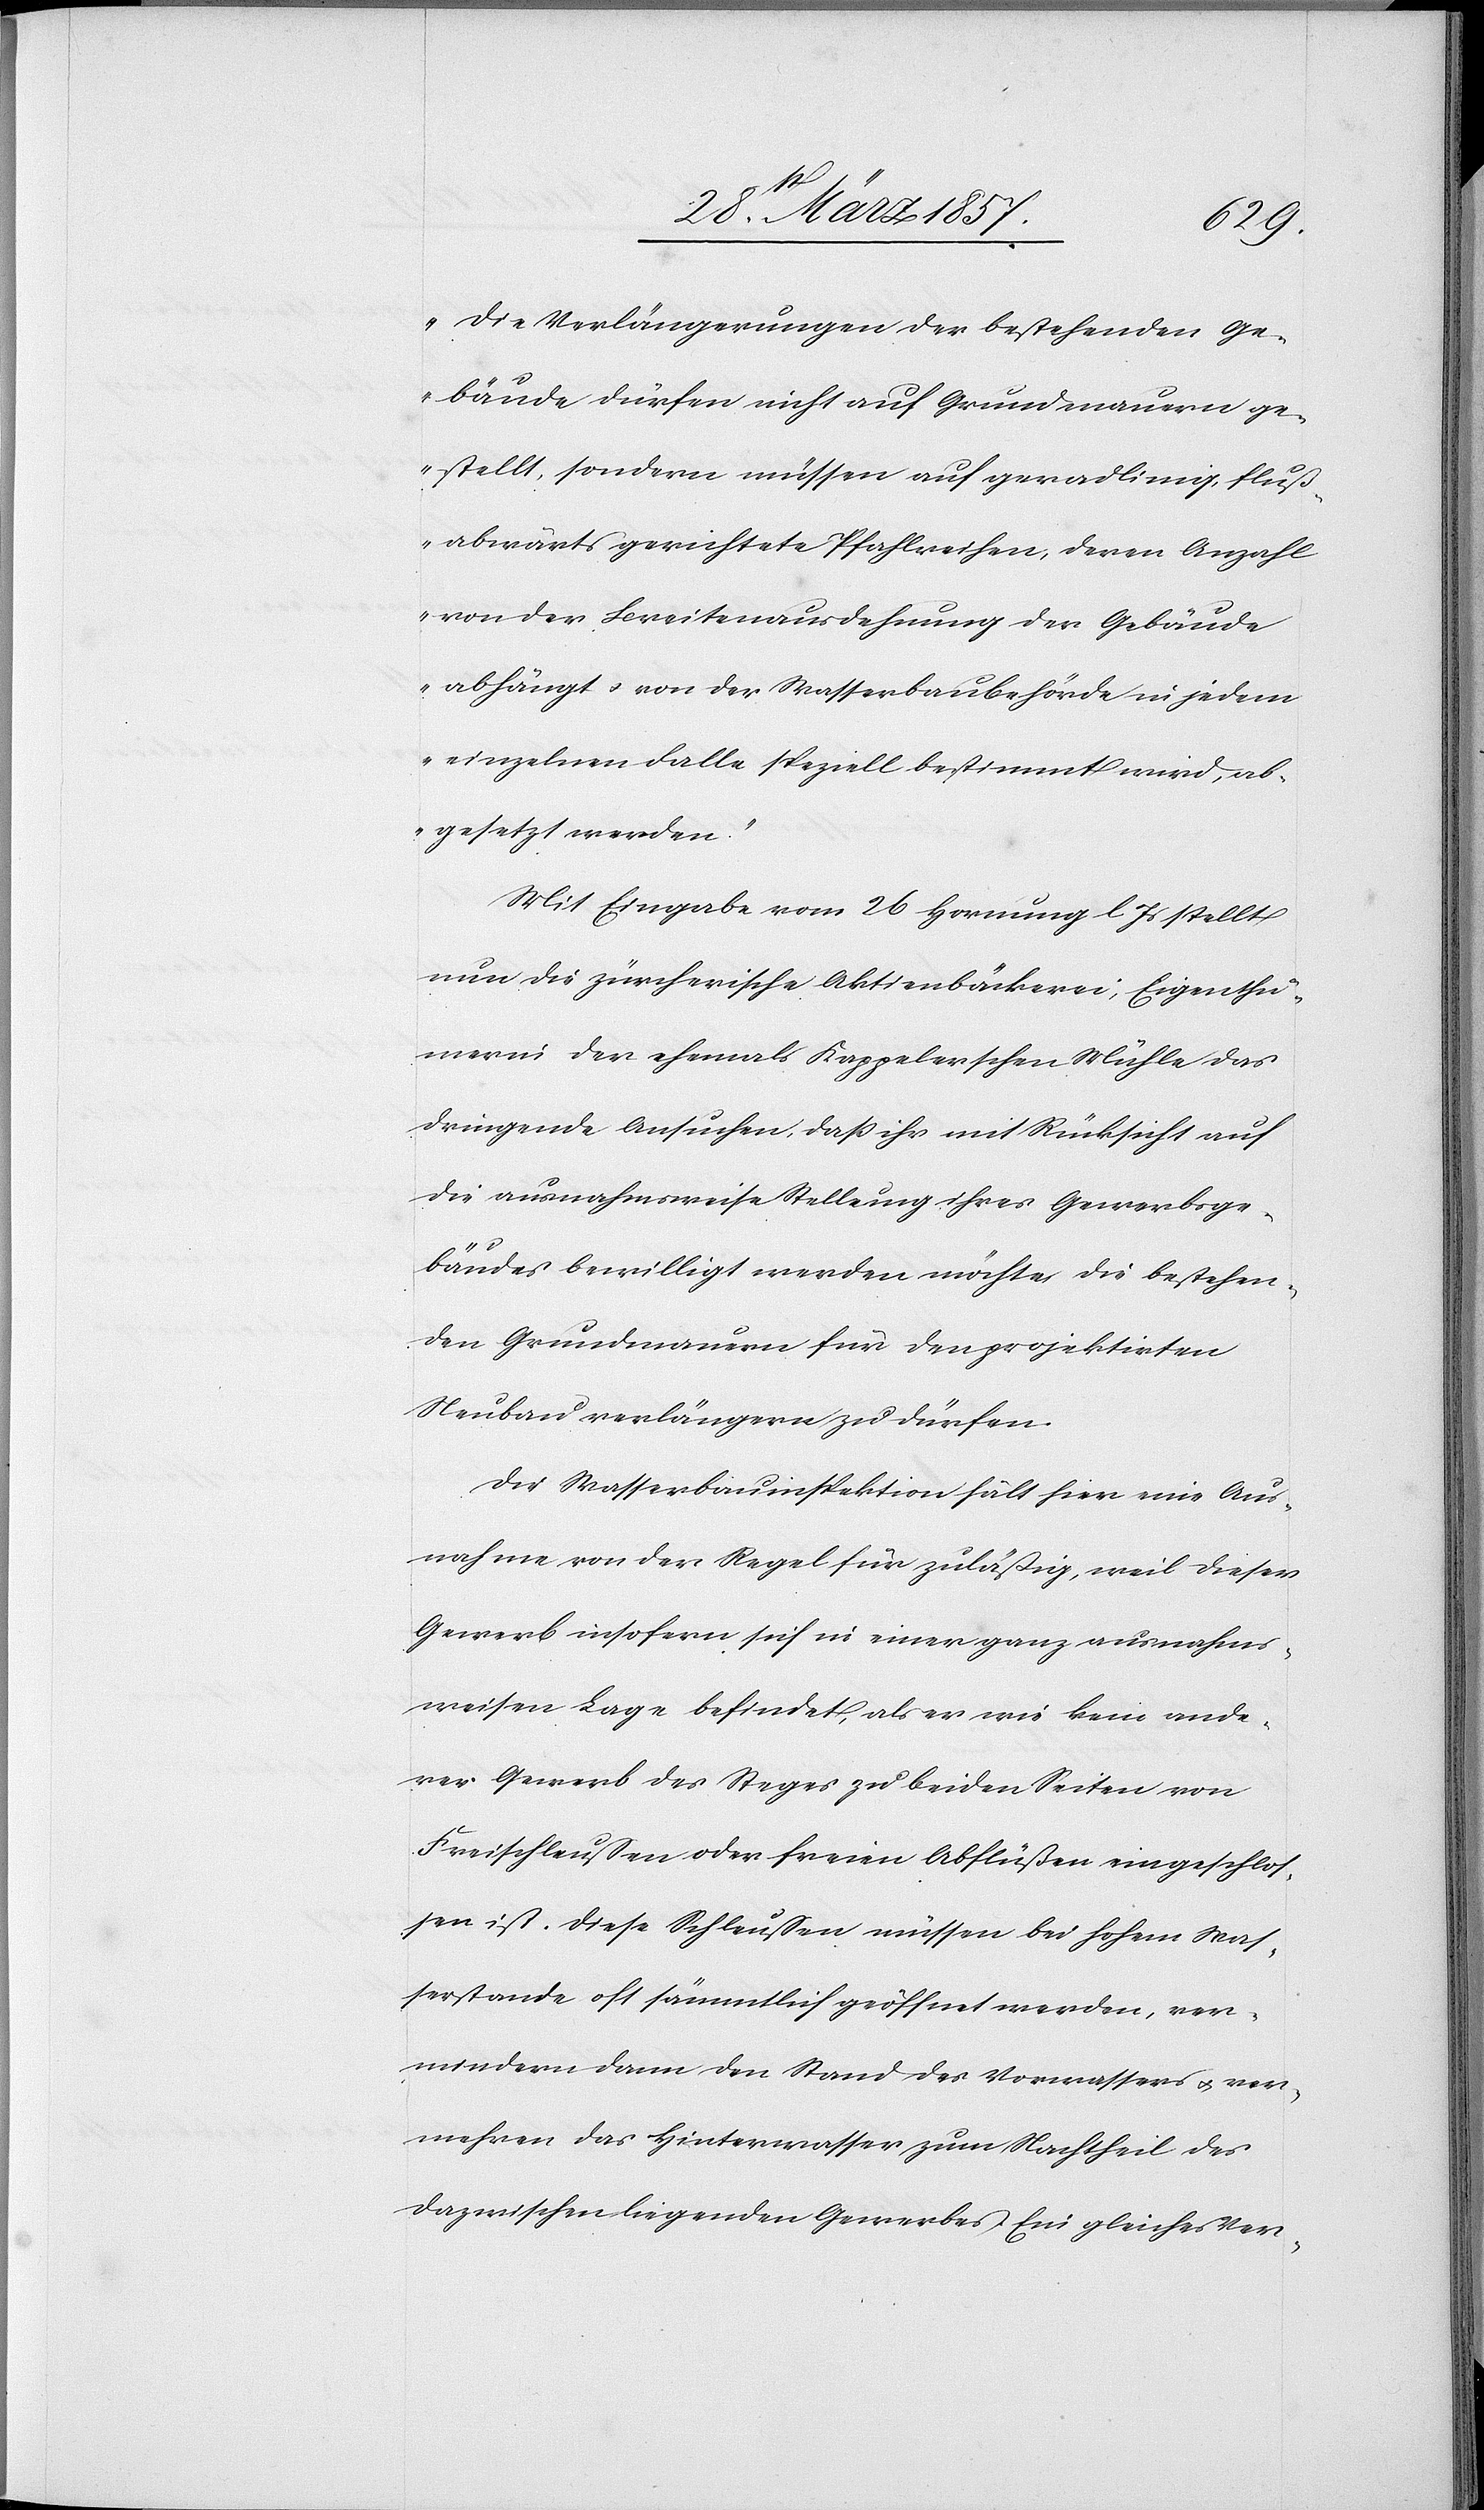
„Die Verlängerungen der bestehenden Ge¬
bäude dürfen nicht auf Grundmauern ge¬
stellt, sondern müssen auf geradlinig, fluß¬
abwärts gerichtete Pfahlreihen, deren Anzahl
von der Breitenausdehnung der Gebäude
abhängt u. von der Wasserbaubehörde in jedem
einzelnen Falle speziell bestimmt wird, ab¬
gesetzt werden.“
Mit Eingabe vom 26 Hornung l. Js stellt
nun die zürcherische Aktienbäckerei, Eigenthü¬
merin der ehemals Kappelerschen Mühle das
dringende Ansuchen, daß ihr mit Rücksicht auf
die ausnahmsweise Stellung ihres Gewerbsge¬
bäudes bewilligt werden möchte, die bestehen¬
den Grundmauern für den projektirten
Neubau verlängern zu dürfen.
Die Wasserbauinspektion hält hier eine Aus¬
nahme von der Regel für zuläßig, weil dieser
Gewerb insofern sich in einer ganz ausnahms¬
weisen Lage befindet, als er wie kein ande¬
rer Gewerb des Steges zu beiden Seiten von
Freischleussen oder freien Abflüßen eingeschlos¬
sen ist. Diese Schleussen müssen bei hohem Was¬
serstande oft sämmtlich geöffnet werden, ver¬
mindern dann den Stand des Vorwassers u. ver¬
mehren das Hinterwasser zum Nachtheil des
dazwischen liegenden Gewerbes. Ein gleiches Ver-